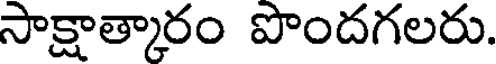
సాక్షాత్కారం పొందగలరు.